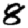
Digit: 8